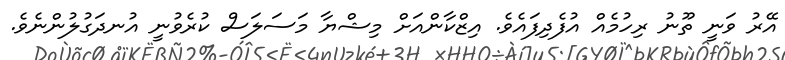
އޭރު ވަނީ ތޫނު ރިހުމެއް އުފެދިފައެވެ. އިޒްކާންއަށް މިޝްޔާ މަސަލަސް ކުރެވުނީ އުނދަގުލުންނެވެ.